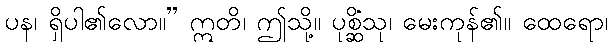
ပန၊ ရှိပါ၏လော။” ဣတိ၊ ဤသို့။ ပုစ္ဆိံသု၊ မေးကုန်၏။ ထေရော၊